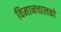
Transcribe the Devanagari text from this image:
विमानचालको